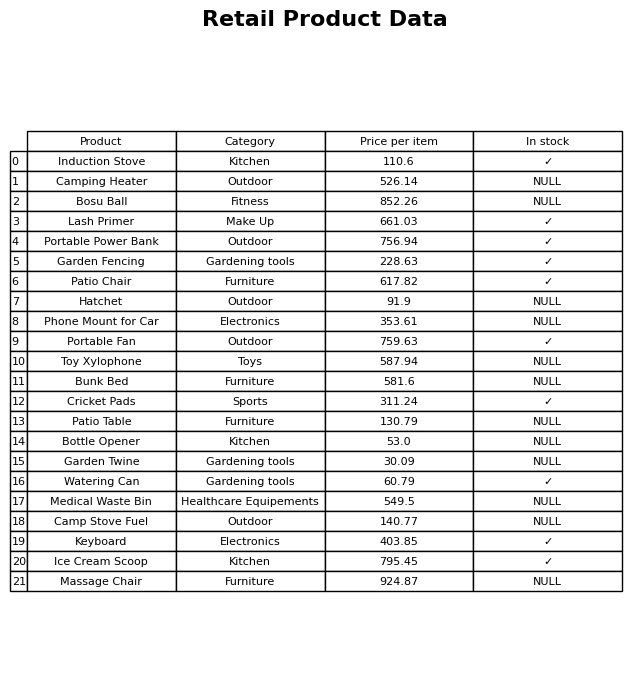
question: What is the price for Keyboard?
answer: The price of Keyboard is 403.85.